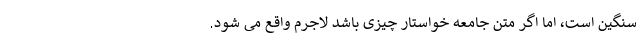
سنگین است، اما اگر متن جامعه خواستار چیزی باشد لاجرم واقع می شود.